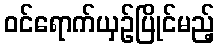
ဝင်ရောက်ယှဉ်ပြိုင်မည့်